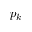
p _ { k }